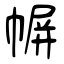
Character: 幈